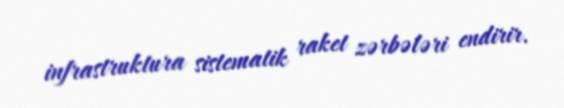
infrastruktura sistematik raket zərbələri endirir.